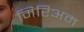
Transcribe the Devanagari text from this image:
मिरिअम